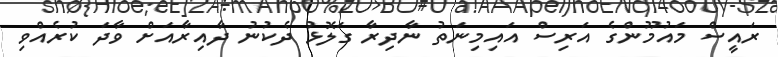
ރައީސް މައުމޫންގެ އަރިސް އައިމިނަތު ނާދިރާ ގަލޮޅު ދެކުނު ދާއިރާއަށް ވާދަ ކުރެއްވި